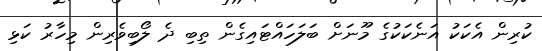
ކުރިން އެކަކު އަނެކަކުގެ މޫނަށް ބަލަހައްޓައިގެން ތިބި ދެ ލޯބިވެރިން މިހާރު ކަޅި